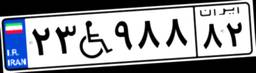
۲۳W۹۸۸۸۲